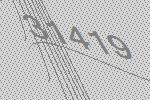
31419